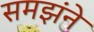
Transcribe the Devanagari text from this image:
समझंने